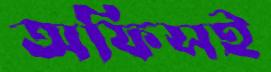
অফিসই